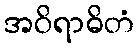
အဝိရာဓိတံ